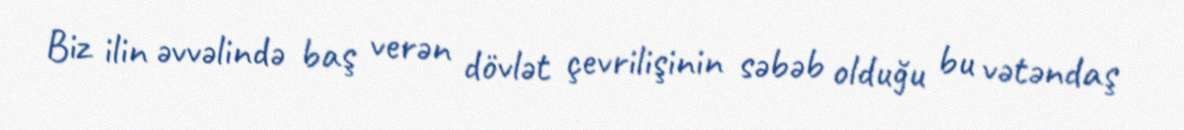
Biz ilin əvvəlində baş verən dövlət çevrilişinin səbəb olduğu bu vətəndaş